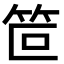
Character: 笸